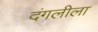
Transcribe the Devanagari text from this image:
दंगलीला